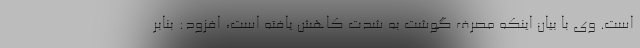
است. وی با بیان اینکه مصرف گوشت به شدت کاهش یافته است، افزود: بنابر